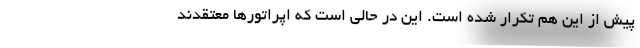
پیش از این هم تکرار شده است. این در حالی است که اپراتورها معتقدند